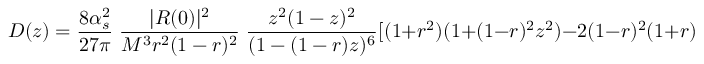
D ( z ) = \frac { 8 \alpha _ { s } ^ { 2 } } { 2 7 \pi } \; \frac { | R ( 0 ) | ^ { 2 } } { M ^ { 3 } r ^ { 2 } ( 1 - r ) ^ { 2 } } \; \frac { z ^ { 2 } ( 1 - z ) ^ { 2 } } { ( 1 - ( 1 - r ) z ) ^ { 6 } } [ ( 1 + r ^ { 2 } ) ( 1 + ( 1 - r ) ^ { 2 } z ^ { 2 } ) - 2 ( 1 - r ) ^ { 2 } ( 1 + r ) z ] ,